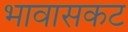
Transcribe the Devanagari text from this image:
भावासकट